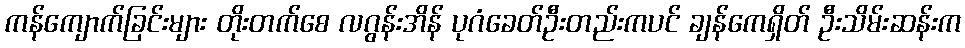
ကန်ကျောက်ခြင်းများ တိုးတက်စေ လဂွန်းအိန် ပုဂံခေတ်ဦးတည်းကပင် ချန်ကေရှိတ် ဦးသိမ်းဆန်းက